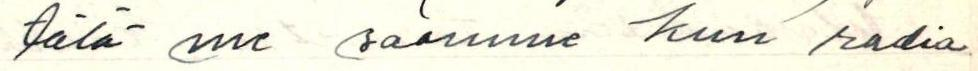
tätä me saamme kun radio